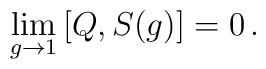
\lim_{g \to 1}\big[ Q, S(g)\big]=0 \, .